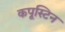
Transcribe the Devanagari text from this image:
कपूस्टिन